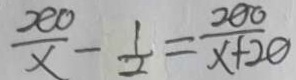
\frac { 2 0 0 } { x } - \frac { 1 } { 2 } = \frac { 2 0 0 } { x + 2 0 }